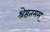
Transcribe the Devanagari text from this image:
श्रेष्ठतमम्